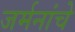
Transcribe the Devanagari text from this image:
जर्मनांचे